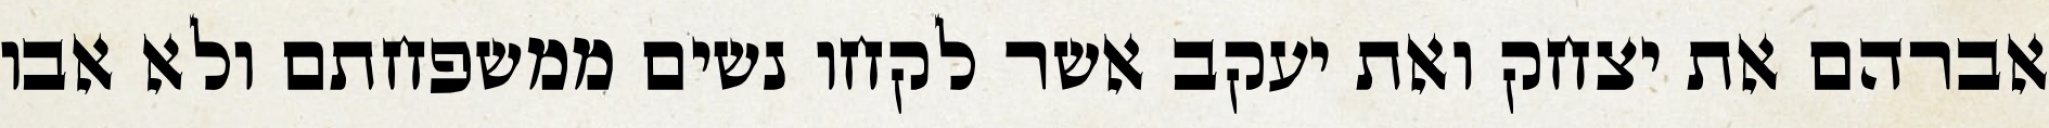
אברהם את יצחק ואת יעקב אשר לקחו נשים ממשפחתם ולא אבו